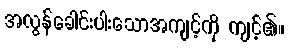
အလွန်ခေါင်းပါးသောအကျင့်ကို ကျင့်၏။